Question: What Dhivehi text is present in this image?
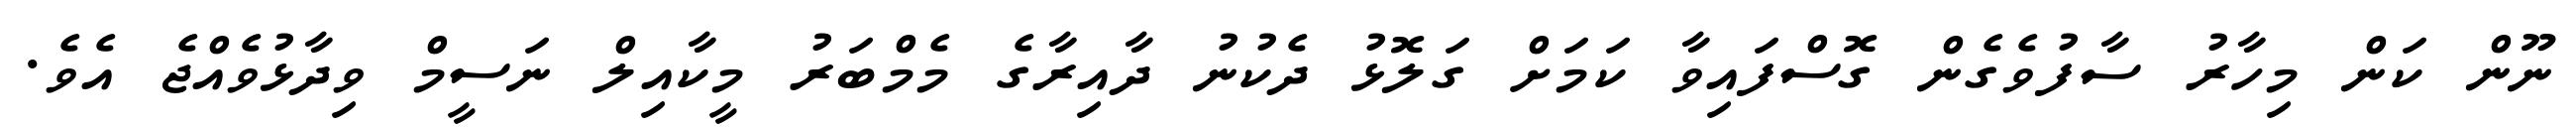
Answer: ނޫން ކަން މިހާރު ސާފުވެގެން ގޮސްފައިވާ ކަމަށް ގަލޮޅު ދެކުނު ދާއިރާގެ މެމްބަރު މީކާއިލް ނަސީމް ވިދާޅުވެއްޖެ އެވެ.